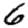
Digit: 6